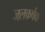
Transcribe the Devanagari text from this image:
जलकर्षक